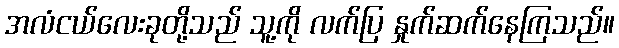
အလံငယ်လေးခုတို့သည် သူ့ကို လက်ပြ နှုက်ဆက်နေကြသည်။